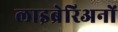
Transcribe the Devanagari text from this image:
लाइब्रेरिअनों